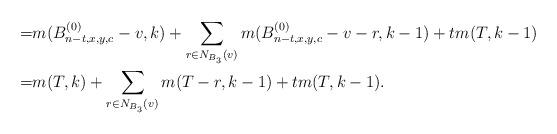
LaTeX: \begin{align*} =&m(B_{n-t,x,y,c}^{(0)}-v,k)+\sum\limits_{r\in N_{B_{3}}(v)} m(B_{n-t,x,y,c}^{(0)}-v-r,k-1)+tm(T,k-1)\\ =&m(T,k)+\sum\limits_{r\in N_{B_{3}}(v)} m(T-r,k-1)+tm(T,k-1).\end{align*}